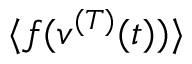
\langle f ( v ^ { ( T ) } ( t ) ) \rangle